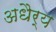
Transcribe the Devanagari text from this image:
अधैर्य